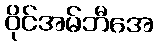
ဝိုင်အမ်ဘီအေ